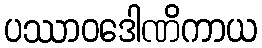
ပဿာဝဒေါဏိကာယ